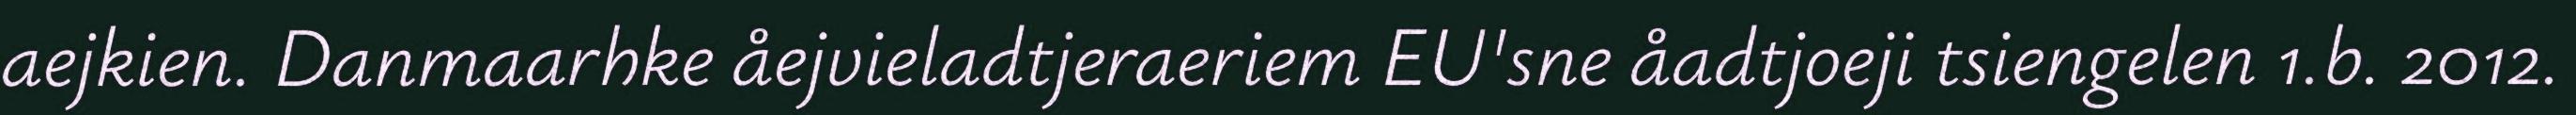
aejkien. Danmaarhke åejvieladtjeraeriem EU'sne åadtjoeji tsiengelen 1.b. 2012.